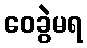
ဝေခွဲမရ